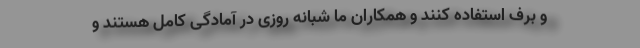
و برف استفاده کنند و همکاران ما شبانه روزی در آمادگی کامل هستند و